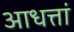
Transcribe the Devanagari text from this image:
आधत्तां